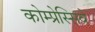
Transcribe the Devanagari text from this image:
कोम्प्रेस्सिवे